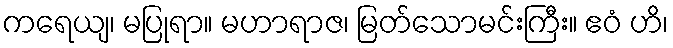
ကရေယျ၊ မပြုရာ။ မဟာရာဇ၊ မြတ်သောမင်းကြီး။ ဧဝံ ဟိ၊